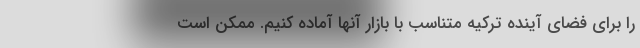
را برای فضای آینده ترکیه متناسب با بازار آنها آماده کنیم. ممکن است